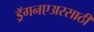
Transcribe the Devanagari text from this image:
ड्रॅगनएअरसाठी